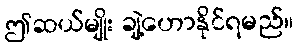
ဤဆယ်မျိုး ချဲ့ဟောနိုင်ရမည်။